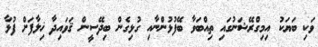
ވަކި ބަޔަކު އިމިގްރޭޝަނުގައި ތިއްބަވާ ބޭފުޅުންނާއި ގުޅިގެން ބިދޭސީން ޤަވައިދާ ޚިލާފަށް ފުޅާ